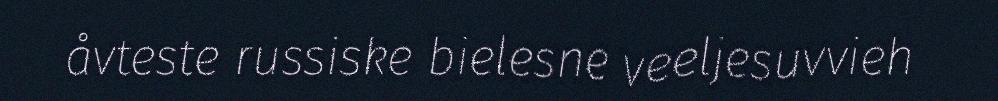
åvteste russiske bielesne veeljesuvvieh